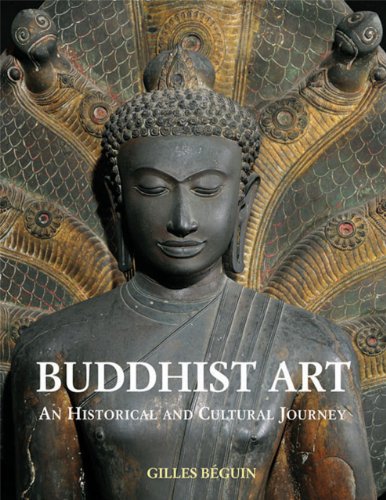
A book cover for Buddhist Art: An Historical and Cultural Journey; Giles Beguin; Arts & Photography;